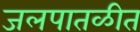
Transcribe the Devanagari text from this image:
जलपातळीत